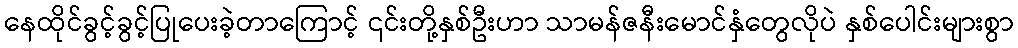
နေထိုင်ခွင့်ခွင့်ပြုပေးခဲ့တာကြောင့် ၎င်းတို့နှစ်ဦးဟာ သာမန်ဇနီးမောင်နှံတွေလိုပဲ နှစ်ပေါင်းများစွာ